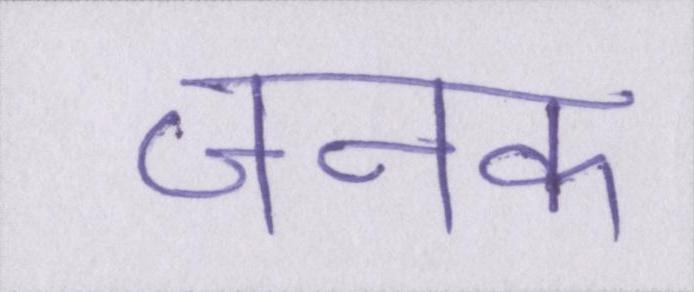
जनक